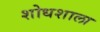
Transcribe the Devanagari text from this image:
शोधशाला